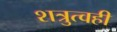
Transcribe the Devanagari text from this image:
शत्रुत्वही